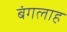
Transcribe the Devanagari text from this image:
बंगलाह